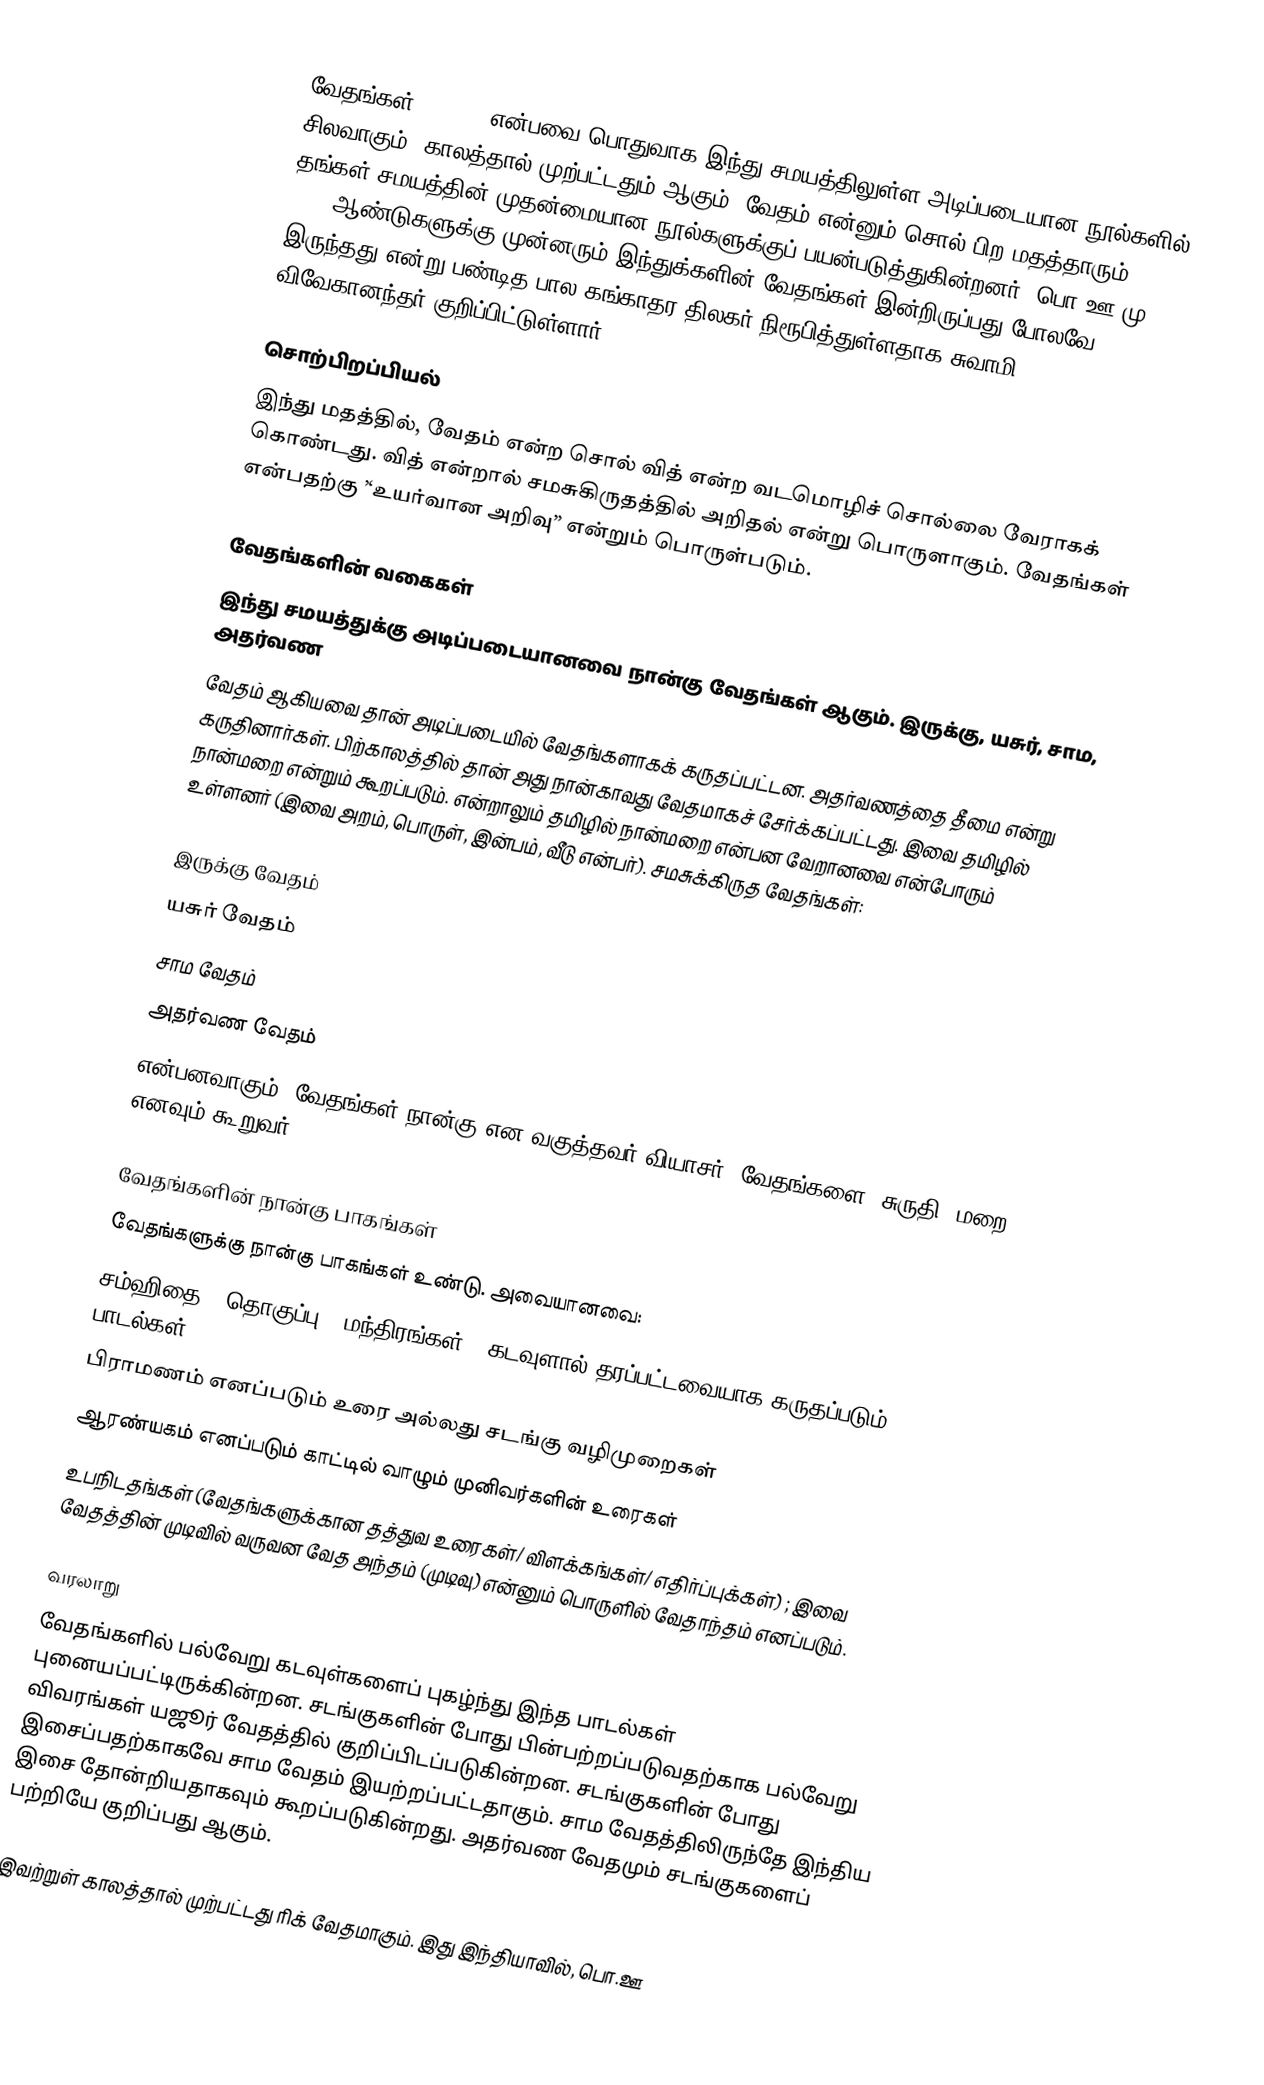
வேதங்கள் (Vedas) என்பவை பொதுவாக இந்து சமயத்திலுள்ள அடிப்படையான நூல்களில் சிலவாகும். காலத்தால் முற்பட்டதும் ஆகும். வேதம் என்னும் சொல் பிற மதத்தாரும் தங்கள் சமயத்தின் முதன்மையான நூல்களுக்குப் பயன்படுத்துகின்றனர். பொ.ஊ.மு. 5000 ஆண்டுகளுக்கு முன்னரும் இந்துக்களின் வேதங்கள் இன்றிருப்பது போலவே இருந்தது என்று பண்டித பால கங்காதர திலகர் நிரூபித்துள்ளதாக சுவாமி விவேகானந்தர் குறிப்பிட்டுள்ளார்.

சொற்பிறப்பியல்
இந்து மதத்தில், வேதம் என்ற சொல் வித் என்ற வடமொழிச் சொல்லை வேராகக் கொண்டது. வித் என்றால் சமசுகிருதத்தில் அறிதல் என்று பொருளாகும். வேதங்கள் என்பதற்கு ’‘உயர்வான அறிவு’’ என்றும் பொருள்படும்.

வேதங்களின் வகைகள்
இந்து சமயத்துக்கு அடிப்படையானவை நான்கு வேதங்கள் ஆகும். இருக்கு, யசுர், சாம, அதர்வண
வேதம் ஆகியவை தான் அடிப்படையில் வேதங்களாகக் கருதப்பட்டன. அதர்வணத்தை தீமை என்று கருதினார்கள். பிற்காலத்தில் தான் அது நான்காவது வேதமாகச் சேர்க்கப்பட்டது. இவை தமிழில் நான்மறை என்றும் கூறப்படும். என்றாலும் தமிழில் நான்மறை என்பன வேறானவை என்போரும் உள்ளனர் (இவை அறம், பொருள், இன்பம், வீடு என்பர்).  சமசுக்கிருத வேதங்கள்:

 இருக்கு வேதம்
 யசுர் வேதம்
 சாம வேதம்
 அதர்வண வேதம்
என்பனவாகும். வேதங்கள் நான்கு என வகுத்தவர் வியாசர். வேதங்களை "சுருதி, மறை" எனவும் கூறுவர்.

வேதங்களின் நான்கு பாகங்கள்
வேதங்களுக்கு நான்கு பாகங்கள் உண்டு.  அவையானவை:
 சம்ஹிதை - தொகுப்பு; "மந்திரங்கள்" (கடவுளால் தரப்பட்டவையாக கருதப்படும் பாடல்கள்)
 பிராமணம் எனப்படும் உரை அல்லது சடங்கு வழிமுறைகள்
 ஆரண்யகம் எனப்படும் காட்டில் வாழும் முனிவர்களின் உரைகள்
 உபநிடதங்கள் (வேதங்களுக்கான தத்துவ உரைகள்/ விளக்கங்கள்/ எதிர்ப்புக்கள்) ; இவை வேதத்தின் முடிவில் வருவன வேத அந்தம் (முடிவு) என்னும் பொருளில் வேதாந்தம் எனப்படும்.

வரலாறு
வேதங்களில் பல்வேறு கடவுள்களைப் புகழ்ந்து இந்த பாடல்கள் புனையப்பட்டிருக்கின்றன. சடங்குகளின் போது பின்பற்றப்படுவதற்காக பல்வேறு விவரங்கள் யஜூர் வேதத்தில் குறிப்பிடப்படுகின்றன. சடங்குகளின் போது இசைப்பதற்காகவே சாம வேதம் இயற்றப்பட்டதாகும். சாம வேதத்திலிருந்தே இந்திய இசை தோன்றியதாகவும் கூறப்படுகின்றது. அதர்வண வேதமும் சடங்குகளைப் பற்றியே குறிப்பது ஆகும்.

இவற்றுள் காலத்தால் முற்பட்டது ரிக் வேதமாகும். இது இந்தியாவில், பொ.ஊ